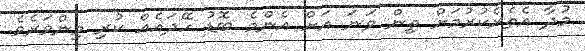
މުދާ އެތެރެކުރުމަށް ތިން ވަނަ އަށް އެންމެ ބޮޑު ހޭދައެއް ކުރި މިންވަރެވެ.